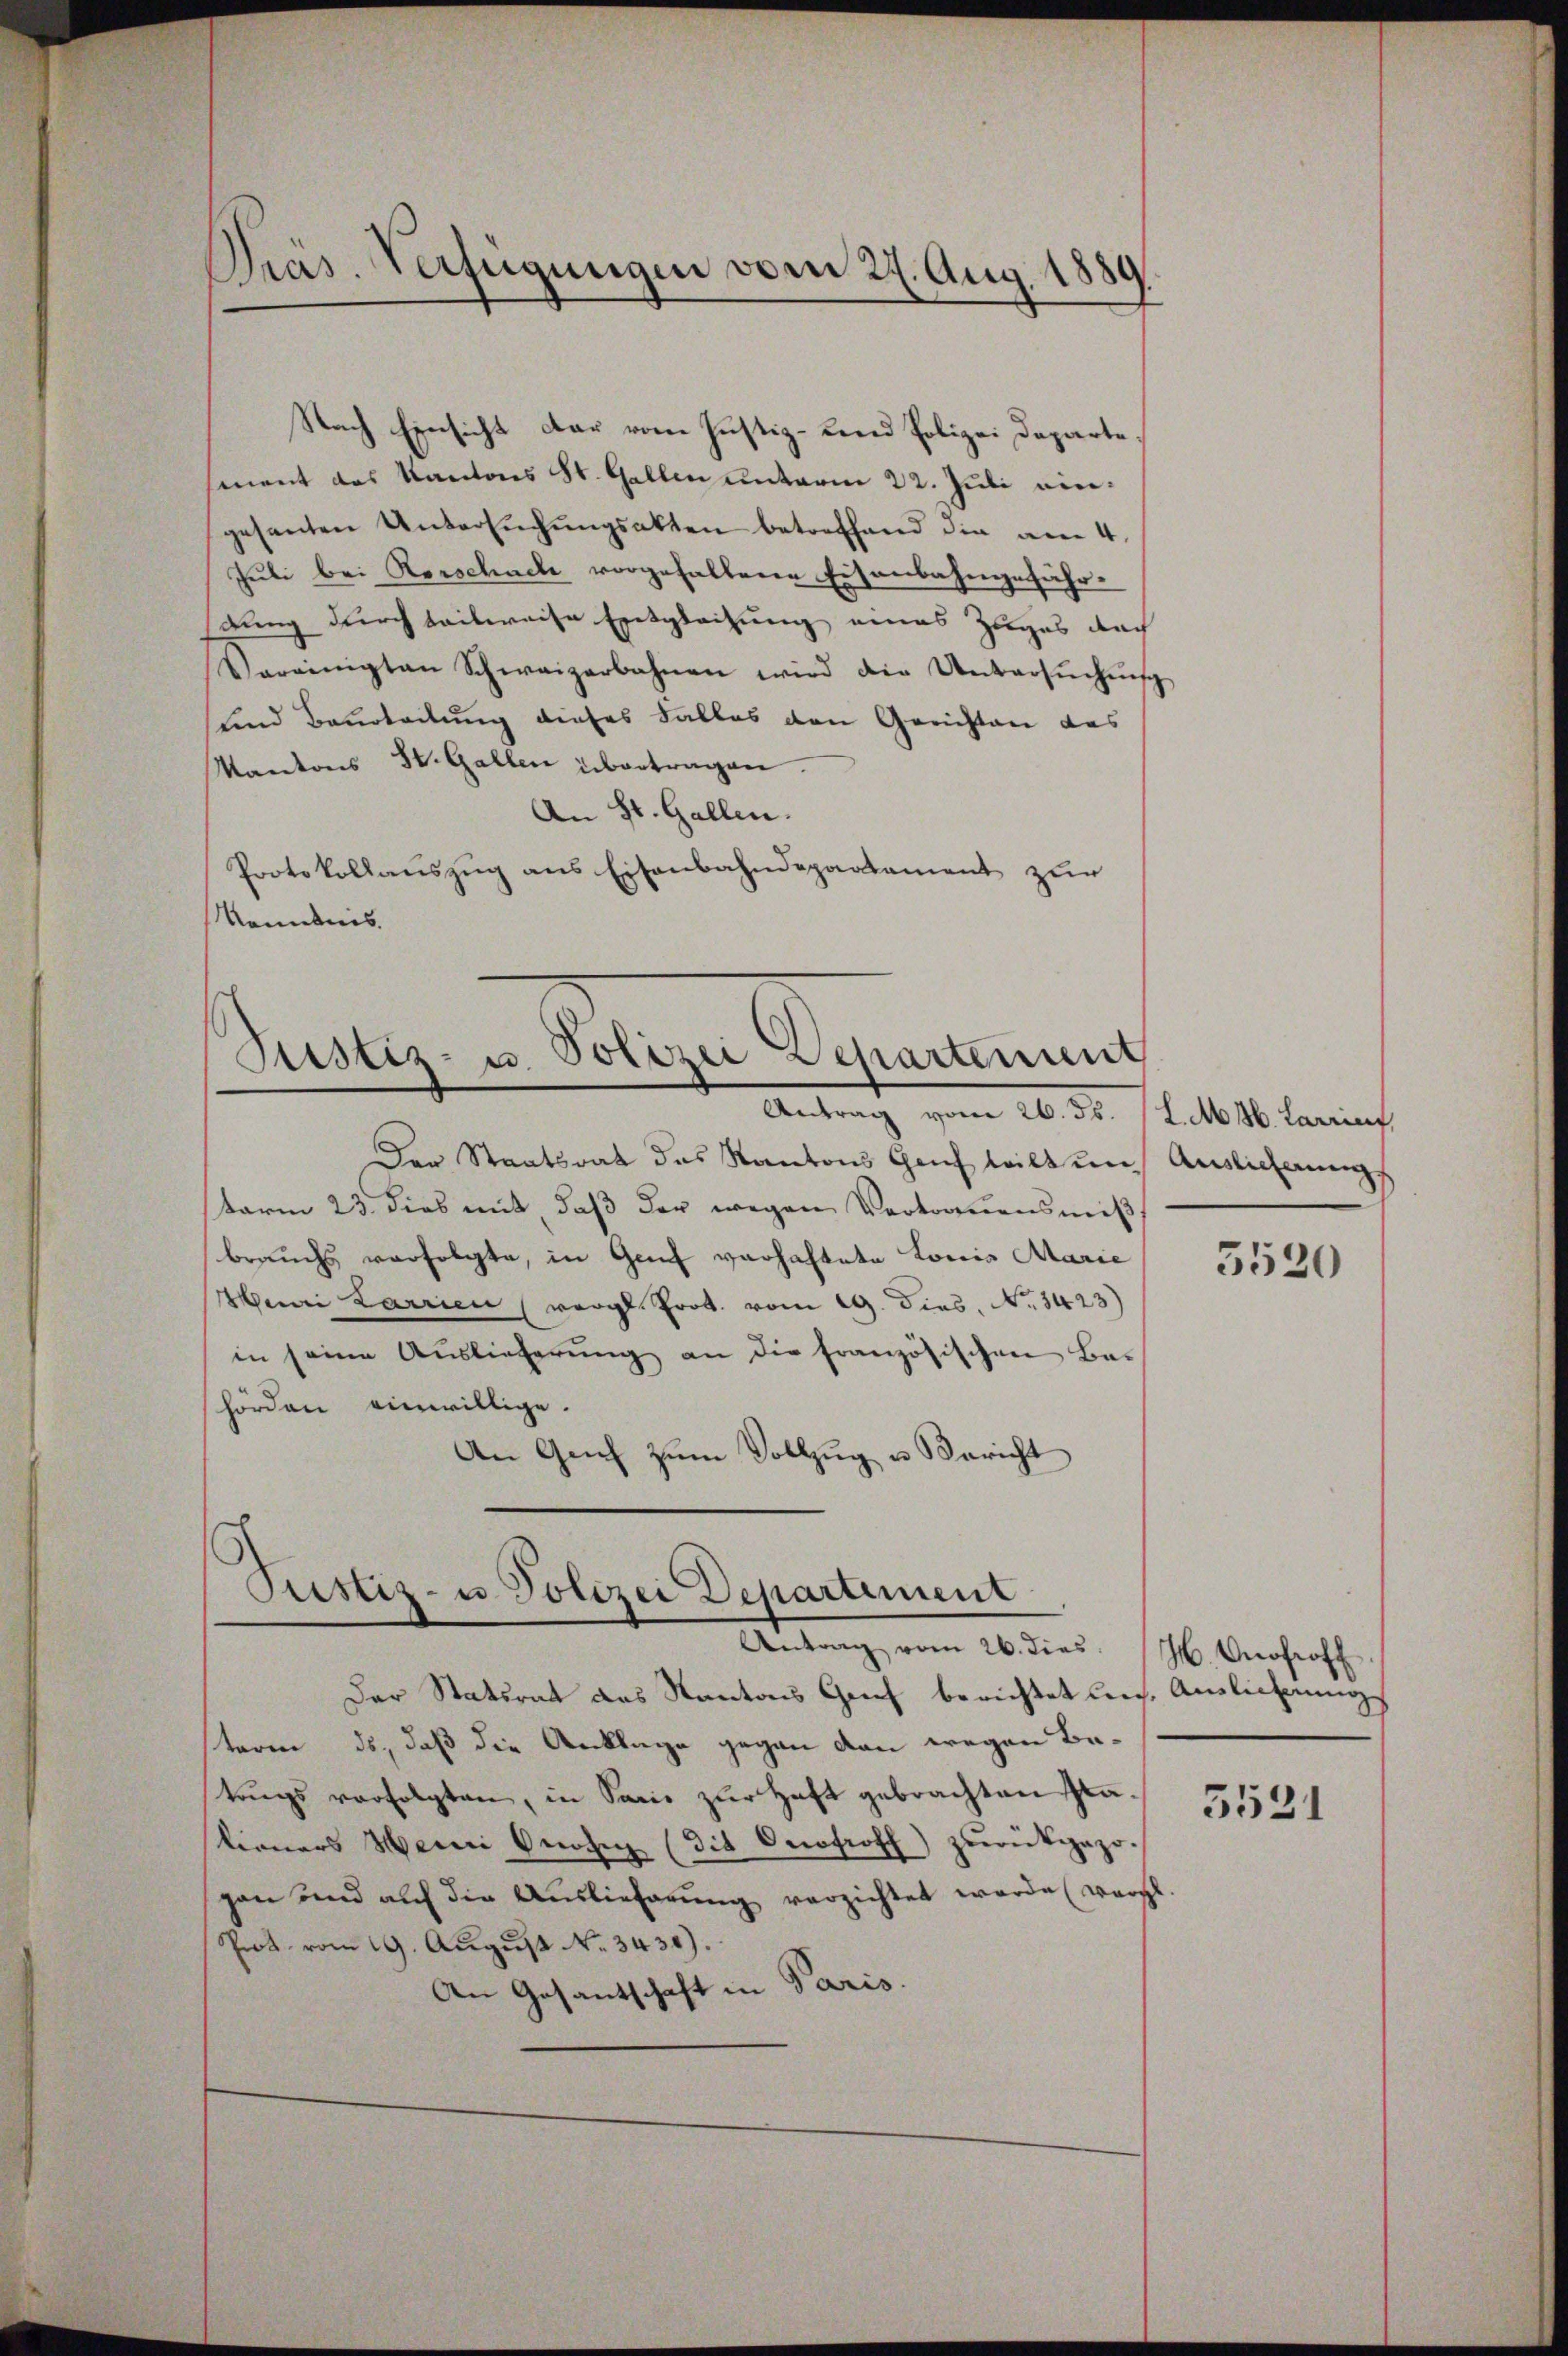
Nach Einsicht dar vom Justiz-Land Polizei Departemnent des Kantons St. Gallen unterm 22. Juli eingesanten Untersŭchŭngsakten betreffend die am 4.
Juli bei Kerschache vorgehaltene Eisenbahngefährdung durch teilweise Entgleitung eines Zuges doch
Vereinigten Schweizerbahnen wird die Untersŭchŭng
und Beurteilung dieses Falles den Gerichten das
Kantons St. Gallen übertragen.
An St. Gallen.
Protokollauszug aus Eisenbahndepartament zur
Konebnis.

Pras. Verfügungen vom 27. Aug. 1889

Justiz- u. Polizei Departement
Antrag vom 26. Fs. (L.M. 16. Larrief,

Pustiz- u. Polizei Departement
Antrag vom 26. dies: (M. Vnofroff

Der Staatsrat des Kantons Hauch will um Auslieferung,
term 23. dies mit daβ der wegen Vertrauensmiβ-
brauchs verfolgte, in Genf verhaftete Louis Marie
Henri Larrien (vergl. Prot. vom 19. dies, No. 3423)
in seine Auslieferung an die französischen Bas
hörden einwillige.
An Genf zŭm Vollzŭg u Bericht

Der Statsrat des Kantons Genf berichtet leich, Auslichungs
term ds, daß die Anklage gegen dann wegen Betrugs verfolgten, in Sanie zur Haft gebrachten Stationers Heini Onose (die Oecotroff) zŭrückgezo-
gan und aŭf die Auslieferŭng verzichtet werde (vergl.
Prot. vom 19. August No. 3430).
An Gesantschaft in Paris.

5520

3531